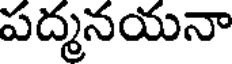
పద్మనయనా